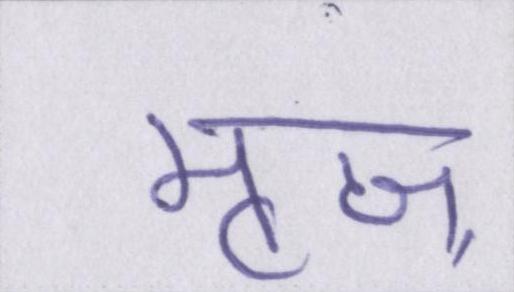
मृज्